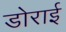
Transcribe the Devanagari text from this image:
डोराई